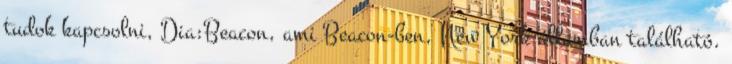
tudok kapcsolni, Dia:Beacon, ami Beacon-ben, New York államban található.